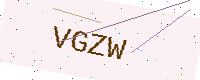
Text: VGZW